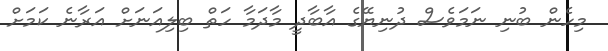
މިހެން ބުނި ނަމަވެސް ދުނިޔޭގެ އާބާދީ މާދަމާ ހަތް ބިލިއަނަށް އަރާނެ ކަމަށް